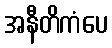
အနီတိကံပေ